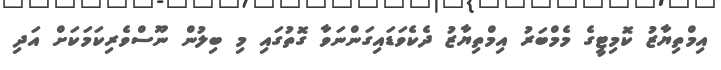
އިމްތިޔާޒު ކޮމިޓީގެ މެމްބަރު އިމްތިޔާޒު ދެކެވަޑައިގަންނަވާ ގޮތުގައި މި ބިލުން ނޫސްވެރިކަމަކަށް އަދި